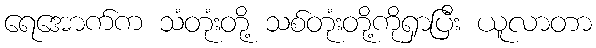
ရေအောက်က သံတုံးတို့ သစ်တုံးတို့ကိုရှာပြီး ယူလာတာ